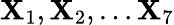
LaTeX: \mathbf{X}_{1},\mathbf{X}_{2},\dots\mathbf{X}_{7}